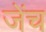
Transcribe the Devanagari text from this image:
जेंच